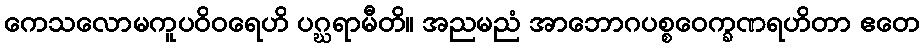
ကေသလောမကူပဝိဝရေဟိ ပဂ္ဃရာမီတိ။ အညမညံ အာဘောဂပစ္စဝေက္ခဏရဟိတာ ဧတေ